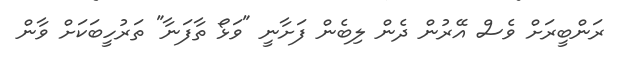
ރަންބީރަށް ވެސް އޭރުން ދެން ލިބެން ފަށާނީ "ވަޅޯ ތާފަނާ" ތަރުހީބަކަށް ވާން